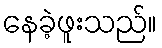
နေခဲ့ဖူးသည်။